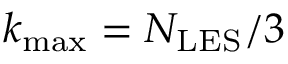
{ { k _ { \operatorname* { m a x } } } = N _ { \mathrm { { L E S } } } / 3 }